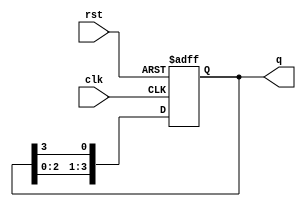
module ring_counter (
    input wire clk,          // Clock signal
    input wire rst,          // Asynchronous reset signal
    output reg [N-1:0] q     // Output state of the counter
);
    
    parameter N = 4;         // Number of flip-flops (states in the ring counter)

    always @(posedge clk or posedge rst) begin
        if (rst) begin
            // Initialize: Set only the first flip-flop to high
            q <= 1'b1;       // Initial state: 0001
        end else begin
            // Shift the ring: The last flip-flop output goes to the first
            q <= {q[N-2:0], q[N-1]};  // Shift left and wrap around
        end
    end

endmodule